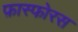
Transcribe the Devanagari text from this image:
फ़ास्फोरस